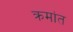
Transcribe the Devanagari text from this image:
क्रमांत